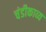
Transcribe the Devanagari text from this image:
चंडीकाव्य